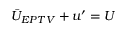
\bar { U } _ { E P T V } + u ^ { \prime } = U